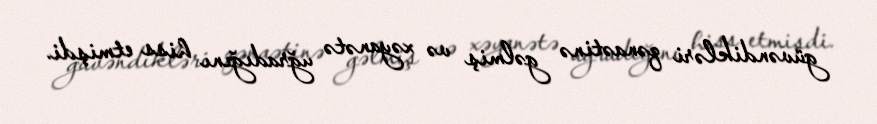
güvəndikləri qənaətinə gəlmiş və xəyanətə uğradığını hiss etmişdi.